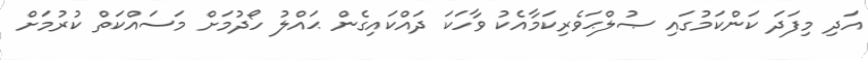
އަދި މިފަދަ ކަންކަމުގައި ޞުލްޙަވެރިކަމާއެކު ވާހަކަ ދައްކައިގެން ޙައްލު ހޯދުމަށް މަސައްކަތް ކުރުމަށް